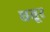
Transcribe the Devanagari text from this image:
धतूर